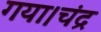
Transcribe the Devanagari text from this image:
गया।चंद्र